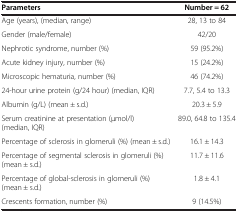
| Parameters | Number = 62 |
 | --- | --- |
 | Age (years), (median, range) | 28, 13 to 84 |
 | Gender (male/female) | 42/20 |
 | Nephrotic syndrome, number (%) | 59 (95.2%) |
 | Acute kidney injury, number (%) | 15 (24.2%) |
 | Microscopic hematuria, number (%) | 46 (74.2%) |
 | 24-hour urine protein (g/24 hour) (median, IQR) | 7.7, 5.4 to 13.3 |
 | Albumin (g/L) (mean ± s.d.) | 20.3 ± 5.9 |
 | Serum creatinine at presentation (μmol/l) (median, IQR) | 89.0, 64.8 to 135.4 |
 | Percentage of sclerosis in glomeruli (%) (mean ± s.d.) | 16.1 ± 14.3 |
 | Percentage of segmental sclerosis in glomeruli (%) (mean ± s.d.) | 11.7 ± 11.6 |
 | Percentage of global-sclerosis in glomeruli (%) (mean ± s.d.) | 1.8 ± 4.1 |
 | Crescents formation, number (%) | 9 (14.5%) |